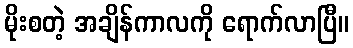
မိုးစတဲ့ အချိန်ကာလကို ရောက်လာပြီ။